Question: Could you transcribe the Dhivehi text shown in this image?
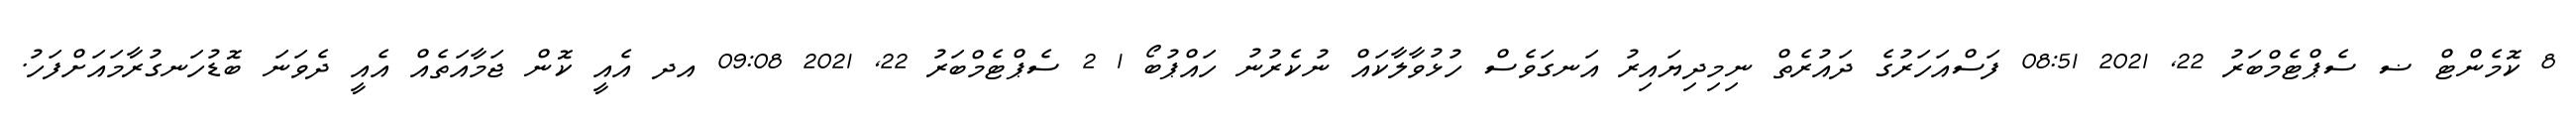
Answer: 8 ކޮމެންޓް ޟ ސެޕްޓެމްބަރު 22, 2021 08:51 ފަސްއަހަރުގެ ދައުރެތް ނިމިދިޔައިރު އަނގަވެސް ހުޅުވާލާކައް ނުކެރުނު ހައްޕުބޯ 1 2 ސެޕްޓެމްބަރު 22, 2021 09:08 އދ އެއީ ކޮން ޖަމާއަތެއް އެއީ ދެވަނަ ބޮޑުހަނގުރާމައަށްފަހު.